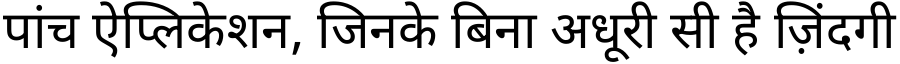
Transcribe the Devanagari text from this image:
पांच ऐप्लिकेशन, जिनके बिना अधूरी सी है ज़िंदगी